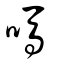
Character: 嗎